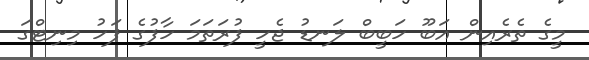
މީގެ ތެރެއިން އަބޫ ހަބީބް ލަނޑު ޖެހީ ފުރަތަމަ ހާފުގެ ފަހު މިނިޓްގަ